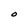
Character: O